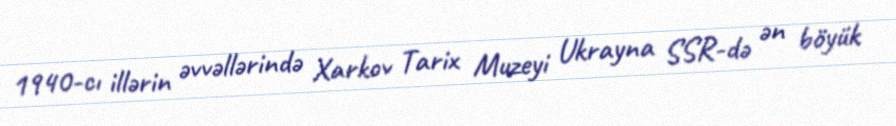
1940-cı illərin əvvəllərində Xarkov Tarix Muzeyi Ukrayna SSR-də ən böyük